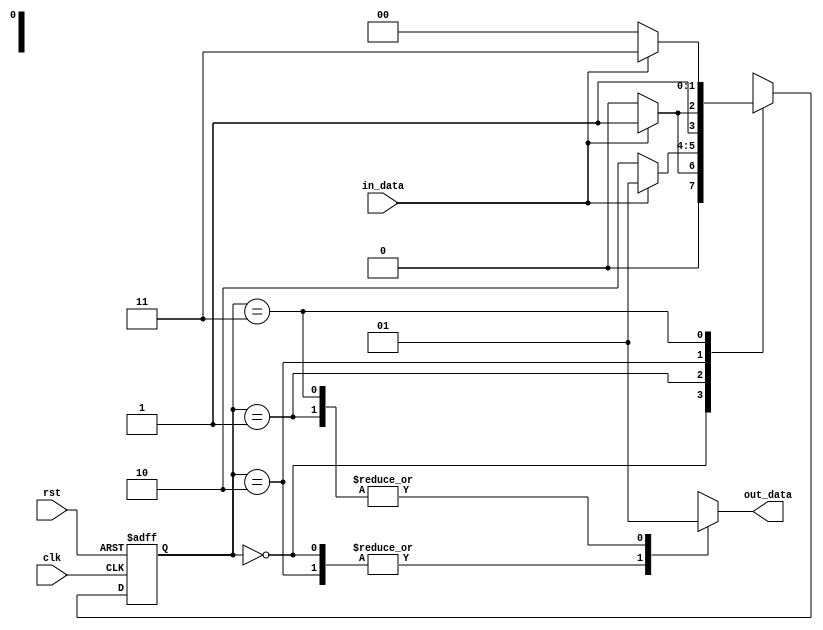
module fsm (
  input clk,
  input rst,
  input in_data,
  output reg out_data
);

// Define states of the FSM
parameter S0 = 2'b00;
parameter S1 = 2'b01;
parameter S2 = 2'b10;
parameter S3 = 2'b11;

// Define internal state register
reg [1:0] state_reg, next_state_reg;

always @ (posedge clk or posedge rst) begin
  if (rst) begin
    state_reg <= S0;
  end else begin
    state_reg <= next_state_reg;
  end
end

// Define next state logic
always @ (*) begin
  case (state_reg)
    S0: begin
      if (in_data)
        next_state_reg = S1;
      else
        next_state_reg = S0;
    end
    S1: begin
      if (!in_data)
        next_state_reg = S2;
      else
        next_state_reg = S1;
    end
    S2: begin
      if (in_data)
        next_state_reg = S3;
      else
        next_state_reg = S2;
    end
    S3: begin
      if (!in_data)
        next_state_reg = S0;
      else
        next_state_reg = S3;
    end
  endcase
end

// Define output logic
always @ (*) begin
  case (state_reg)
    S0: out_data = 1'b0;
    S1: out_data = 1'b1;
    S2: out_data = 1'b0;
    S3: out_data = 1'b1;
  endcase
end

endmodule